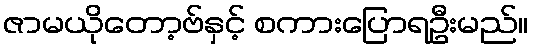
ဇာမယိုတော့ဗ်နှင့် စကားပြောရဦးမည်။